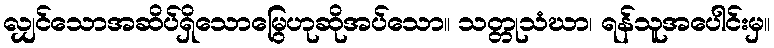
လျှင်သောအဆိပ်ရှိသောမြွေဟုဆိုအပ်သော။ သတ္တုသံဃာ၊ ရန်သူအပေါင်းမှ။